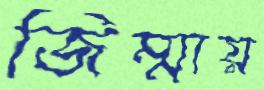
জিম্মায়